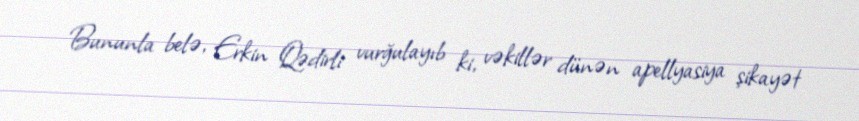
Bununla belə, Erkin Qədirli vurğulayıb ki, vəkillər dünən apellyasiya şikayət